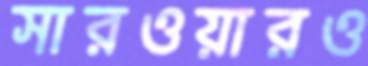
সারওয়ারও